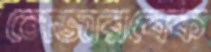
লেজারবেক